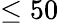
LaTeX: \leq 50